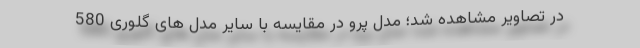
در تصاویر مشاهده شد؛ مدل پرو در مقایسه با سایر مدل های گلوری 580